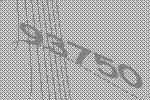
93750